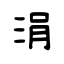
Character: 涓